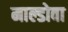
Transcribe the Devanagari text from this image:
माल्डोवा